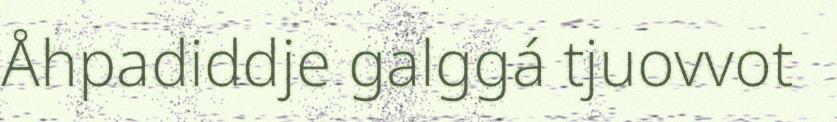
Åhpadiddje galggá tjuovvot